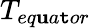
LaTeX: T_{eq\mathbf{u}a\mathtt{t}or}